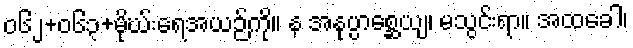
ဝ၆၂+၀၆၃+မိုဃ်းရေအယဉ်ကို။ န အနုပ္ပာစ္ဆေယျ၊ မသွင်းရာ။ အထခေါ၊